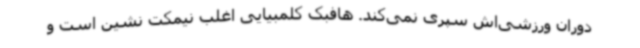
دوران ورزشی‌اش سپری نمی‌کند. هافبک کلمبیایی اغلب نیمکت نشین است و